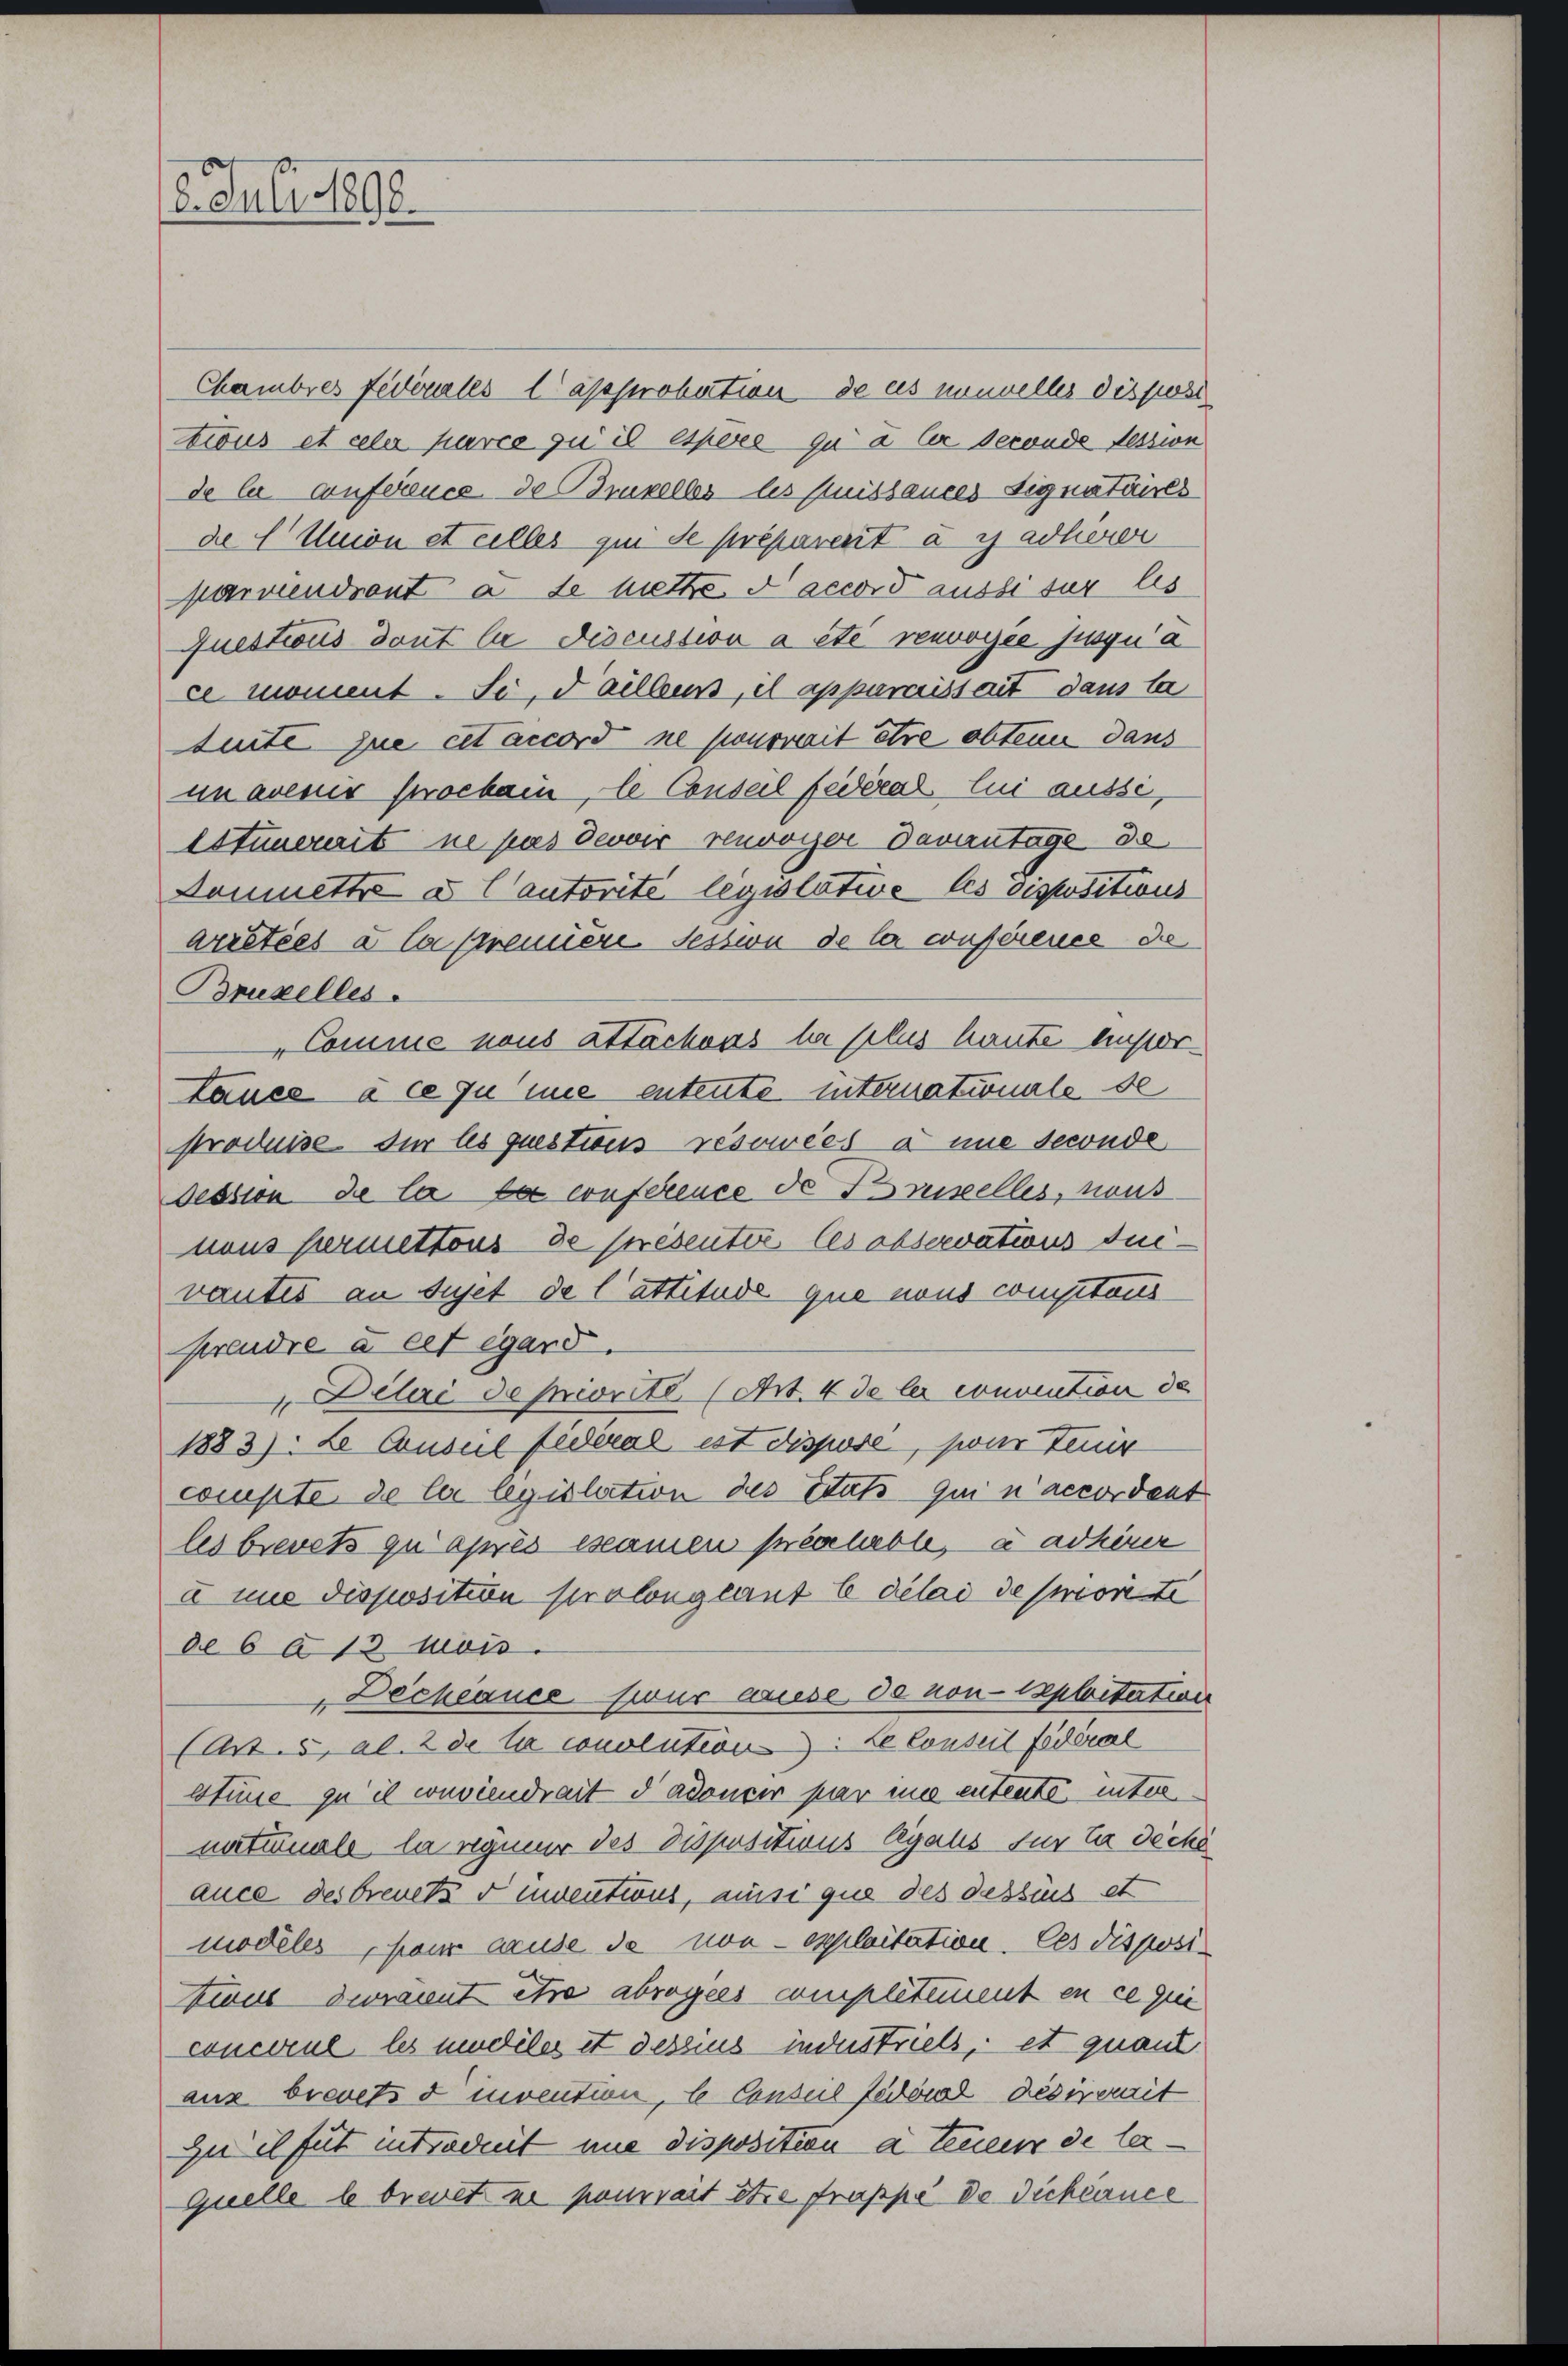
16. Juli 1890.

Chambres fédérales l’approbation de es nouvelles disposi
tius et celer hurce zu il espers qu u Er seconde dession
de la conference de Brupelles les puissances Signataires
de Union et celles qui se préparent à y adherer
parviendront à de biethe d accord aussi sur les
Questions dont le discussion a été renvoyée jusqu’a
ce moment. Si, daillens, il apparaissait dans la
teute zue et accord ne pourrait être obten dans
un avenir prochai, le Conseil fédéral lui aussi,
Estinereit ne pas devoir renvoyer Davantage de
Donmmettre a Cautorité legislative les dispositions
arretées à la premiere. Sessia de le conférence die
Bruxelles.
Comme nous attachens la plus haute Ausdr
taues à ce zu une entente internationale de
produise für les questions resowées à une seconde
dession de la la conference de Brustelles, mus
nons fermettous de présentie les abservations dur
vautes an Sujet de lattitude que nous comptans
prendre à cet égard.
 Deteri de priorité. (Art. 4 de le convention de
1883). Le Consul fideral ist dispose, son der
compte de le legislation des Etat qui n’accordent
les brevets qu’après eseamen préalable, à adhirer
à une disposition prolonglant b délai demorite
de 6 à 13 Mois.
 Déchéance sur ausse de non exploitation
(Art. 5, Al. 2 de le couolutions. Le conseil fédéral
bstume zu il conviendrait d adoncer par und entente unternaturnale la regneur des Dispositions Argaus für la dicke
auce des breuets u inventius, aus que des dessus et
modeles heur ause de von exploitation. Ces disposiune devraient être abrogées completement en ce qui
concerul les modeler et dessius industriels, et quant
aus brevets d invention, le Consul fond desirerait
Zu et fut introduit une disposition a teuer de le¬
Quelle b brevet ne pourrait stie frappe de Dichéance